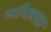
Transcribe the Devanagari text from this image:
सौश्रवस